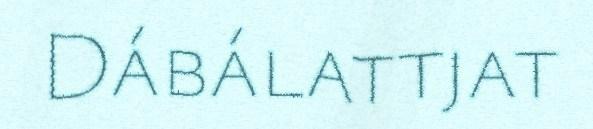
Dábálattjat